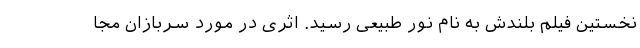
نخستین فیلم بلندش به نام نور طبیعی رسید. اثری در مورد سربازان مجا